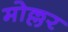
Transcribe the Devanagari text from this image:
मोल्लर